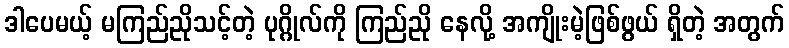
ဒါပေမယ့် မကြည်ညိုသင့်တဲ့ ပုဂ္ဂိုလ်ကို ကြည်ညို နေလို့ အကျိုးမဲ့ဖြစ်ဖွယ် ရှိတဲ့ အတွက်